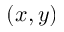
( x , y )